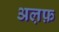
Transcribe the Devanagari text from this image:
अल़फ़